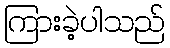
ကြားခဲ့ပါသည်